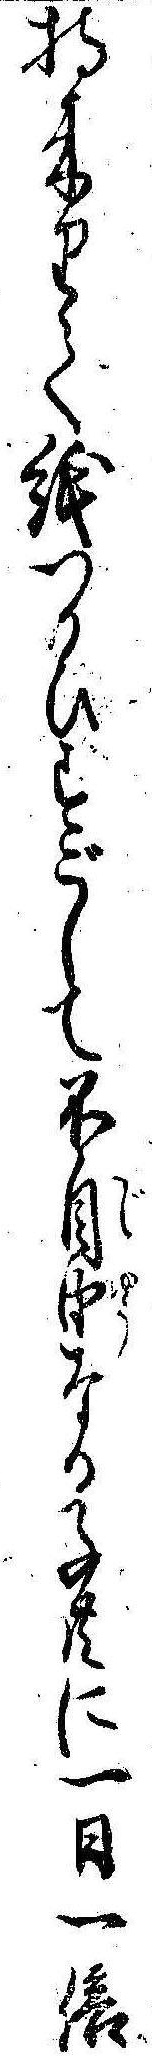
持来りて紙つかひすごして不自由なる子共に一日一倍